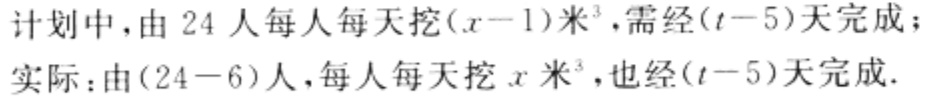
计划中，由 \(24\) 人每人每天挖\((x - 1)\)米\(^{3}\)，需经\((t - 5)\)天完成；
实际：由\((24 - 6)\)人，每人每天挖 \(x\) 米\(^{3}\)，也经\((t - 5)\)天完成.